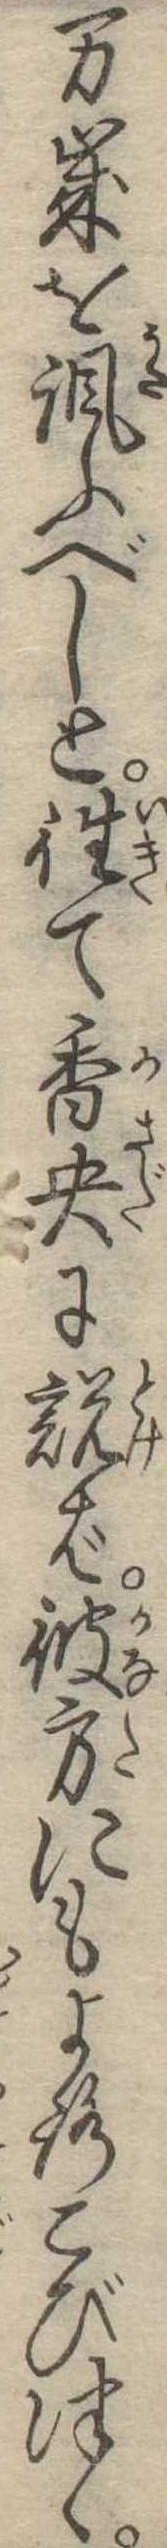
万歳を諷ふべしと往て香央に説ば彼方にもよろこびつゝ